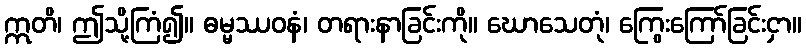
ဣတိ၊ ဤသို့ကြံ၍။ ဓမ္မဿဝနံ၊ တရားနာခြင်းကို။ ဃောသေတုံ၊ ကြွေးကြော်ခြင်းငှာ။